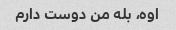
اوه، بله من دوست دارم